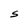
Character: S